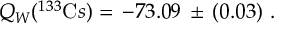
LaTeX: Q _ { W } ( ^ { 1 3 3 } { \mathrm C s } ) = \, - 7 3 . 0 9 \, \pm \, ( 0 . 0 3 ) ~ .